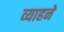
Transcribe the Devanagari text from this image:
व्याहने